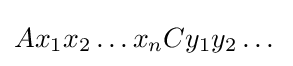
Ax_{1}x_{2}\dots x_{n}Cy_{1}y_{2}\dots